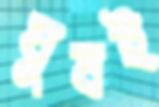
ঘুষই